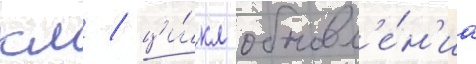
км / ци́кл обновл'е́н'иа